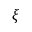
\xi